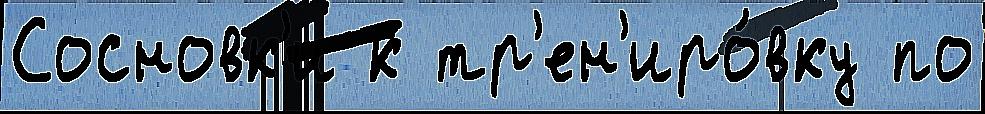
Сосновк'и к тр'ен'иро́вку по